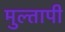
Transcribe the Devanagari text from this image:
मुल्तापी